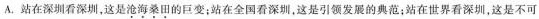
A. 站在深圳看深圳，这是沧海桑田的巨变；站在全国看深圳，这是引领发展的典范；站在世界看深圳，这是不可